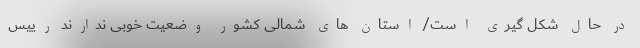
در حال شکل گیری است/ استان های شمالی کشور وضعیت خوبی ندارند رییس